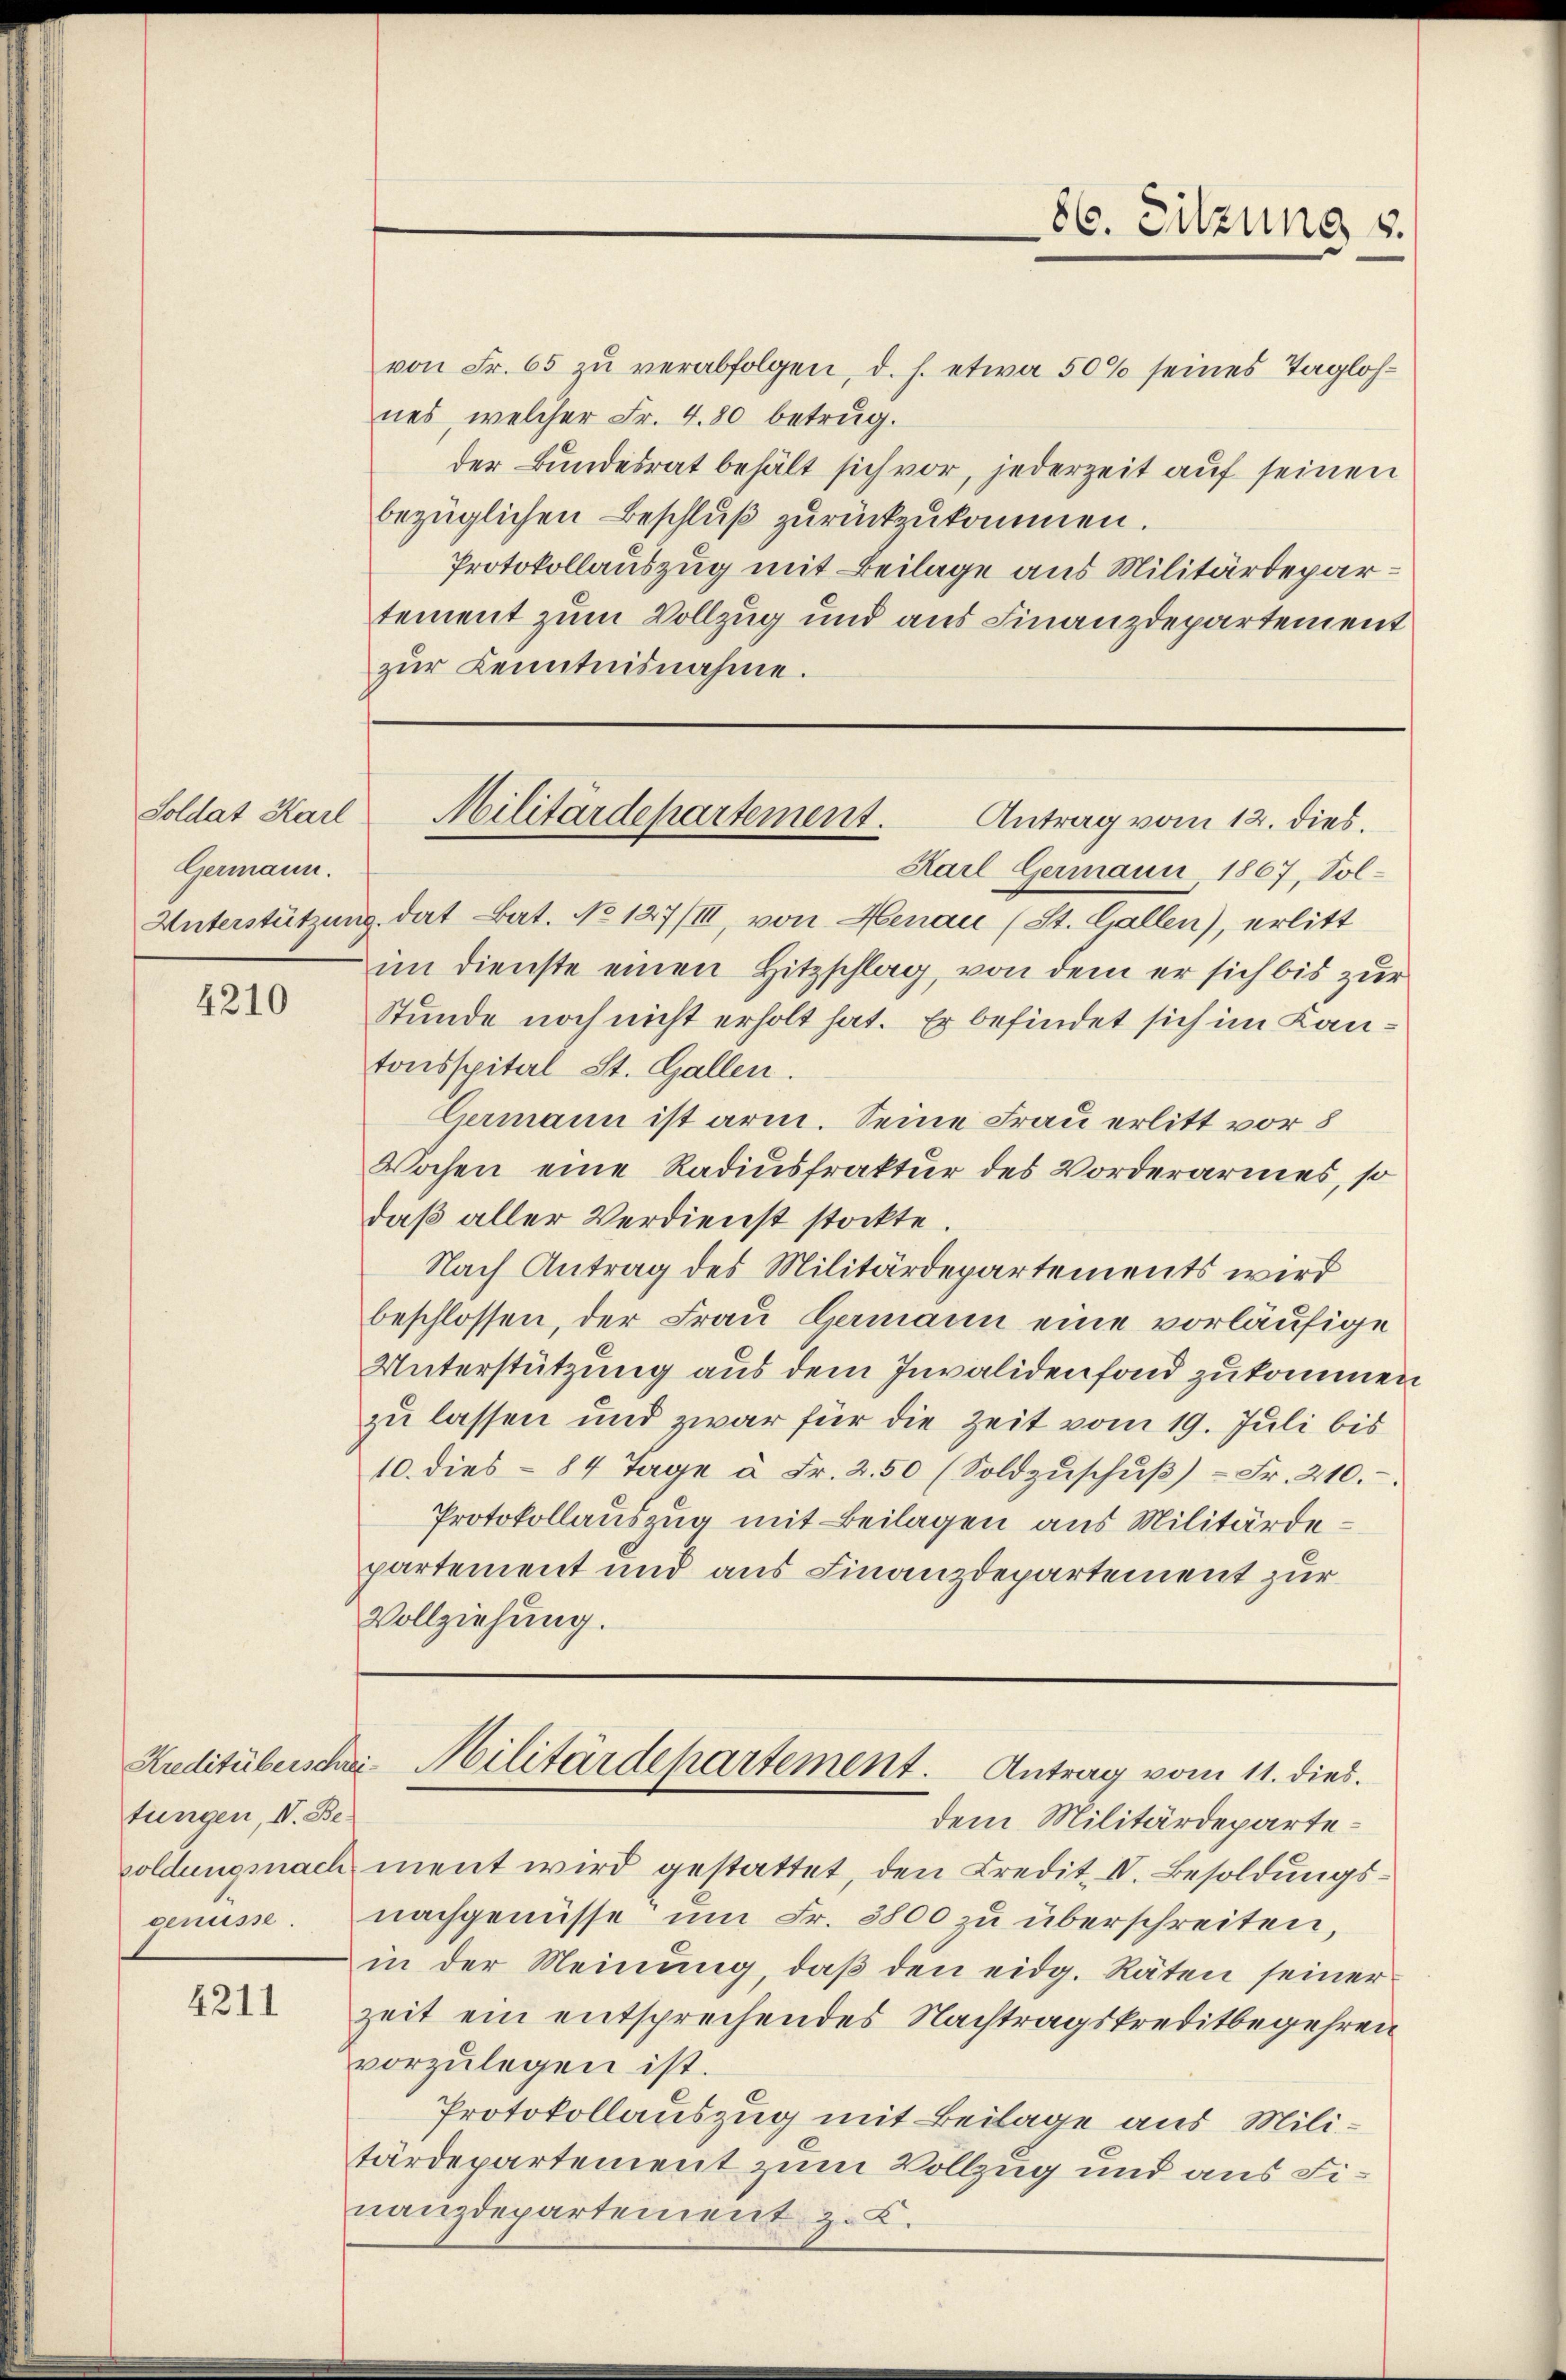
Germann.

4210

tungen, V. Begenüsse.

4211

86. Sitzung v.

von Fr. 65 zŭ verabfolgen, d. h. etwa 50% seines Taglohnes, welcher Fr. 4.80 betrug.
der Bundesrat behält sich vor, jederzeit auf seinen
bezüglichen Beschluß zurückzukommen.
Protokollauszug mit Beilage aus Militärdepartement zum Vollzug und aus Finanzdepartement
zŭr Kenntnisnahme.

Karl Germann 1867, Sol¬
Unterstützung, dat Bat. No 127/III, von Henau (St. Gallen), erlitt
im Dienste einen Hitzschlag, von dem er sich bis zur
Stunde noch nicht erholt hat. Er befindet sich im Kantonsspital St. Gallen.
Cermann ist arm. Seine Frau erlitt vor 8
Wochen eine Radiusfraktur des Vorderarmes, so
daß aller Verdienst stockte
Nach Antrag des Militärdepartements wird
beschlossen, der Frau Hermann eine vorläufige
Unterstützung aus dem Invalidenfond zukommen
zu lassen und zwar für die Zeit vom 19. Juli bis
10. dies - 84 Tage à Fr. 2.50 (Soldzŭschŭβ) - Fr. 210.
Protokollauszug mit Beilagen aus Militärdepartement und aus Finanzdepartement zur
Vollziehung.

Soldat Karl Militärdepartement.
Antrag vom 12. dies.

Kreditüberschrei- Militärdepartement. Antrag vom 11. dies

dem Militärdepartesoldungsnach ment wird gestattet, den Credit. IV. Besoldungsnachgenüsse um Fr. 3800 zu überschreiten,
in der Meinung, daß den eidg. Räten seiner
zeit ein entsprechendes Nachtragskreditbegehren
vorzulegen ist.
Protokollauszug mit Beilage aus Militärdepartement zum Vollzug und aus Finanzdepartement z. K.